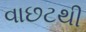
વાછટથી